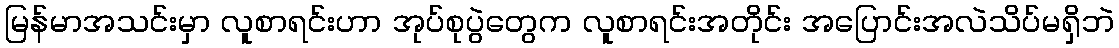
မြန်မာအသင်းမှာ လူစာရင်းဟာ အုပ်စုပွဲတွေက လူစာရင်းအတိုင်း အပြောင်းအလဲသိပ်မရှိဘဲ